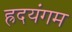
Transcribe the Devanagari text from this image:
ह्रदयंगम